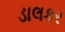
ડાલકર